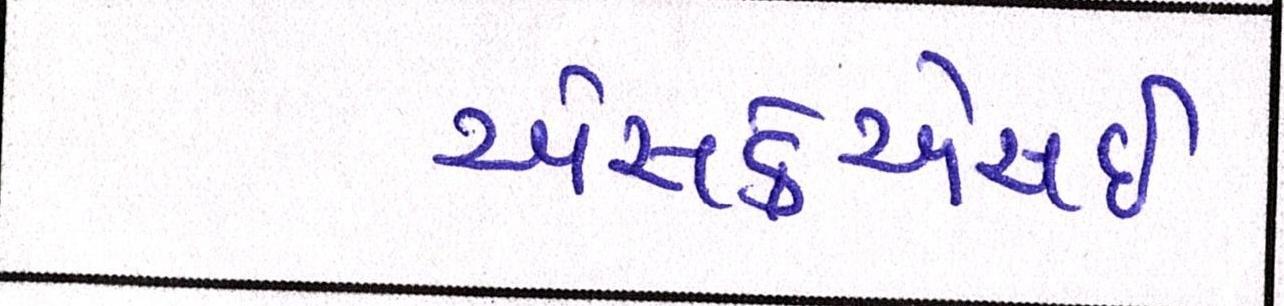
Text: એસકેએસઈ